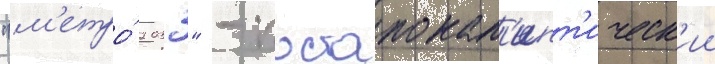
"м'етро́ 2033" - постапокал'ипт'ическ'ии